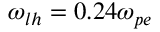
\omega _ { l h } = 0 . 2 4 \omega _ { p e }